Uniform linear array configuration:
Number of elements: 64
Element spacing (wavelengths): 0.25
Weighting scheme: blackman
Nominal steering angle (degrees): -30
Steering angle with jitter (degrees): -29.709
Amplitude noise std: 0.05
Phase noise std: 0.05

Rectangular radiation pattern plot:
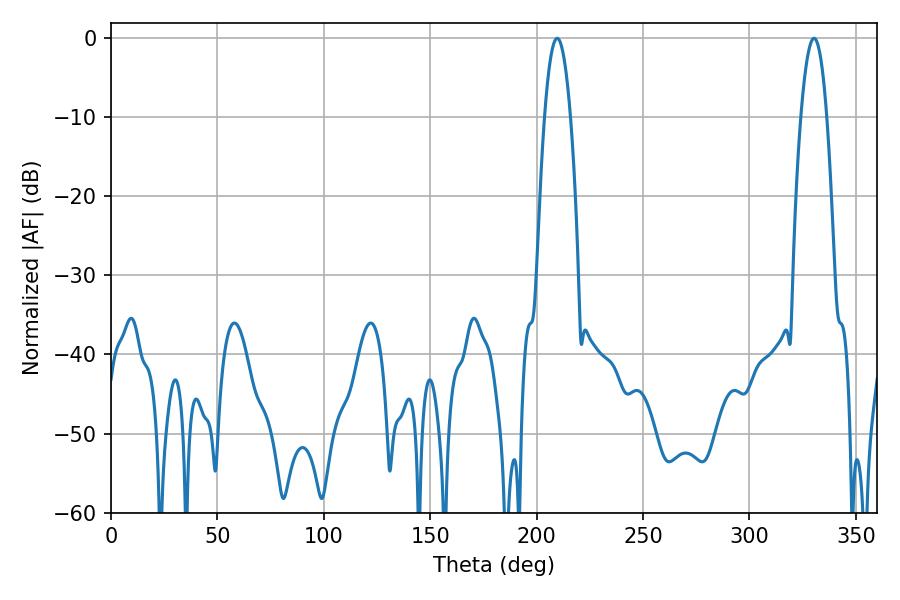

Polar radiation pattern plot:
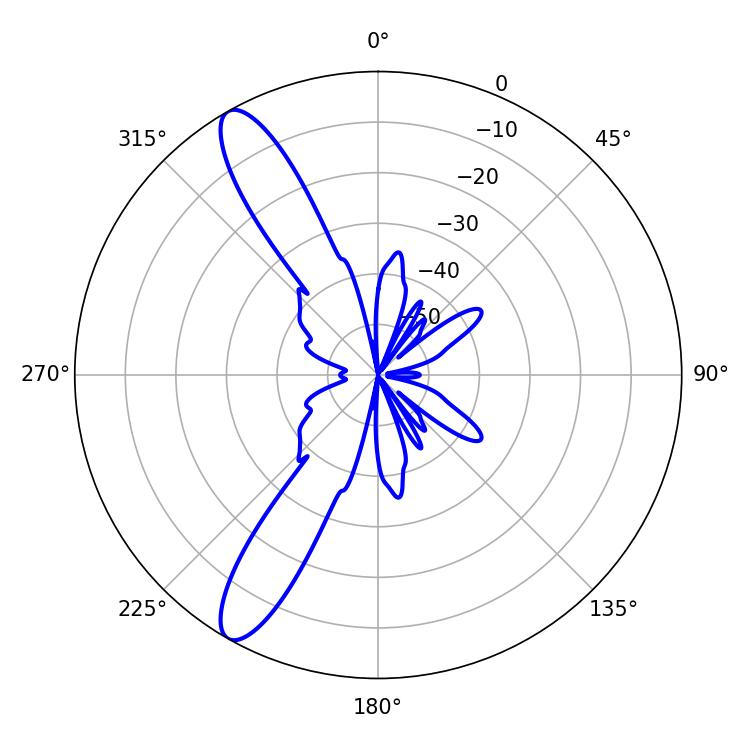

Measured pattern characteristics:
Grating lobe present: FALSE
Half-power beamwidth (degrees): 6.84
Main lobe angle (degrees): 209.7